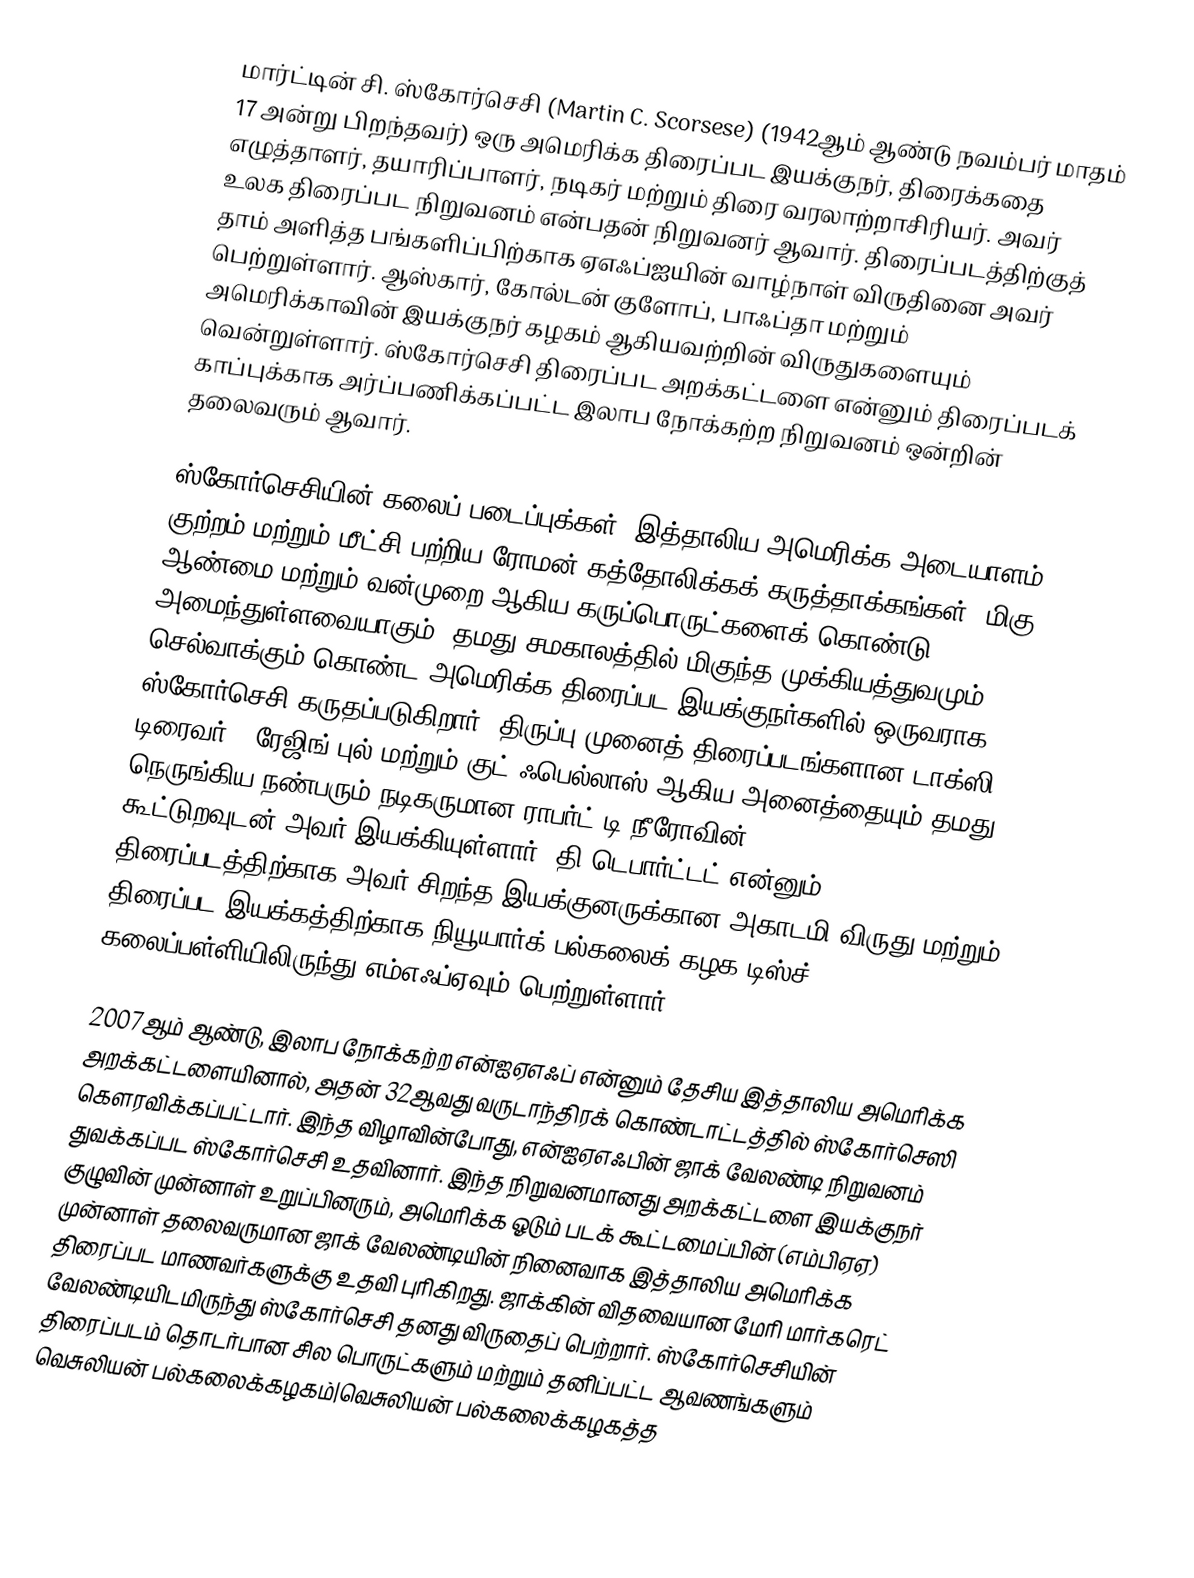
மார்ட்டின் சி. ஸ்கோர்செசி  (Martin C. Scorsese) (1942ஆம் ஆண்டு நவம்பர் மாதம் 17 அன்று பிறந்தவர்) ஒரு அமெரிக்க திரைப்பட இயக்குநர், திரைக்கதை எழுத்தாளர், தயாரிப்பாளர், நடிகர் மற்றும் திரை வரலாற்றாசிரியர். அவர் உலக திரைப்பட நிறுவனம் என்பதன் நிறுவனர் ஆவார். திரைப்படத்திற்குத் தாம் அளித்த பங்களிப்பிற்காக ஏஎஃப்ஐயின் வாழ்நாள் விருதினை அவர் பெற்றுள்ளார். ஆஸ்கார், கோல்டன் குளோப், பாஃப்தா மற்றும் அமெரிக்காவின் இயக்குநர் கழகம் ஆகியவற்றின் விருதுகளையும் வென்றுள்ளார். ஸ்கோர்செசி திரைப்பட அறக்கட்டளை என்னும் திரைப்படக் காப்புக்காக அர்ப்பணிக்கப்பட்ட இலாப நோக்கற்ற நிறுவனம் ஒன்றின் தலைவரும் ஆவார்.

ஸ்கோர்செசியின் கலைப் படைப்புக்கள், இத்தாலிய அமெரிக்க அடையாளம், குற்றம் மற்றும் மீட்சி பற்றிய ரோமன் கத்தோலிக்கக் கருத்தாக்கங்கள், மிகு ஆண்மை மற்றும் வன்முறை ஆகிய கருப்பொருட்களைக் கொண்டு அமைந்துள்ளவையாகும். தமது சமகாலத்தில் மிகுந்த முக்கியத்துவமும் செல்வாக்கும் கொண்ட அமெரிக்க திரைப்பட இயக்குநர்களில் ஒருவராக ஸ்கோர்செசி கருதப்படுகிறார். திருப்பு முனைத் திரைப்படங்களான டாக்ஸி டிரைவர் , ரேஜிங் புல்  மற்றும் குட் ஃபெல்லாஸ்  ஆகிய அனைத்தையும் தமது நெருங்கிய நண்பரும் நடிகருமான ராபர்ட் டி நீரோவின் (Robert De Niro) கூட்டுறவுடன் அவர் இயக்கியுள்ளார். தி டெபார்ட்டட்  என்னும் திரைப்படத்திற்காக அவர் சிறந்த இயக்குனருக்கான அகாடமி விருது மற்றும் திரைப்பட இயக்கத்திற்காக நியூயார்க் பல்கலைக் கழக டிஸ்ச் கலைப்பள்ளியிலிருந்து எம்எஃப்ஏவும் பெற்றுள்ளார்.

2007ஆம் ஆண்டு, இலாப நோக்கற்ற என்ஐஏஎஃப் என்னும் தேசிய இத்தாலிய அமெரிக்க அறக்கட்டளையினால், அதன் 32ஆவது வருடாந்திரக் கொண்டாட்டத்தில் ஸ்கோர்செஸி கௌரவிக்கப்பட்டார். இந்த விழாவின்போது, என்ஐஏஎஃபின் ஜாக் வேலண்டி நிறுவனம் துவக்கப்பட ஸ்கோர்செசி உதவினார். இந்த நிறுவனமானது அறக்கட்டளை இயக்குநர் குழுவின் முன்னாள் உறுப்பினரும், அமெரிக்க ஓடும் படக் கூட்டமைப்பின் (எம்பிஏஏ) முன்னாள் தலைவருமான ஜாக் வேலண்டியின் நினைவாக இத்தாலிய அமெரிக்க திரைப்பட மாணவர்களுக்கு உதவி புரிகிறது. ஜாக்கின் விதவையான மேரி மார்கரெட் வேலண்டியிடமிருந்து ஸ்கோர்செசி தனது விருதைப் பெற்றார். ஸ்கோர்செசியின் திரைப்படம் தொடர்பான சில பொருட்களும் மற்றும் தனிப்பட்ட ஆவணங்களும் வெசுலியன் பல்கலைக்கழகம்|வெசுலியன் பல்கலைக்கழகத்த